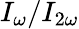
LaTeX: I_{\omega}/I_{2\omega}